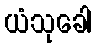
ယံသုခေါ